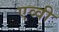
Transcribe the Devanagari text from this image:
एव्वी